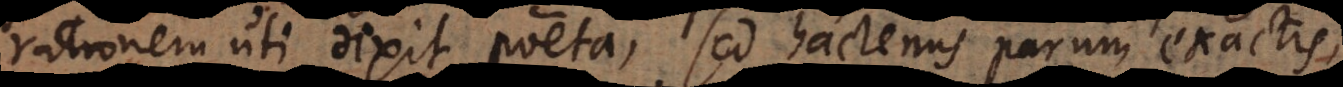
rationem uti dixit poëta, sed hactenus parum exactis,